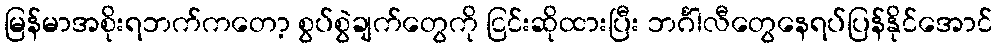
မြန်မာအစိုးရဘက်ကတော့ စွပ်စွဲချက်တွေကို ငြင်းဆိုထားပြီး ဘင်္ဂါလီတွေနေရပ်ပြန်နိုင်အောင်